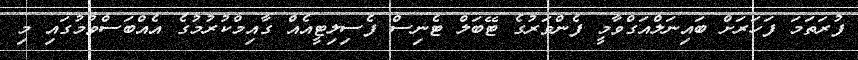
ފުރަތަމަ ފަހަރަށް ބައިނަލްއަގްވާމީ ފެންވަރުގެ ޓޭބަލް ޓެނިސް ފެސިލިޓީއެއް ގާއިމްކުރުމުގެ އެއްބަސްވުމުގައި މި